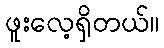
ဖူးလေ့ရှိတယ်။